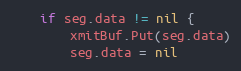
Language: Go
	if seg.data != nil {
		xmitBuf.Put(seg.data)
		seg.data = nil